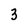
Character: 3